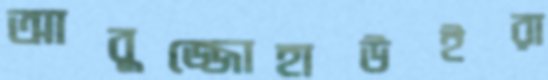
আবুজ্জোহাউইরা